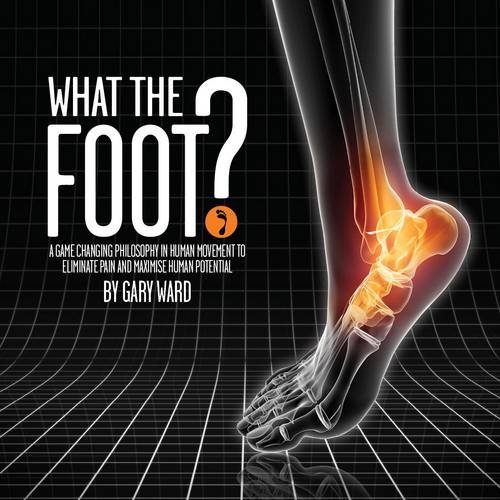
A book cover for What the Foot?: A Game-Changing Philosophy in Human Movement to Eliminate Pain and Maximise Human Potential; Gary Ward; Medical Books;